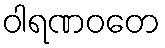
ဝါရဏဝတေ